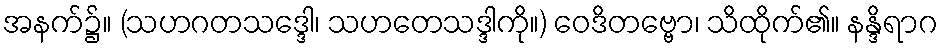
အနက်၌။ (သဟဂတသဒ္ဒေါ၊ သဟတေသဒ္ဒါကို။) ဝေဒိတဗ္ဗော၊ သိထိုက်၏။ နန္ဒိရာဂ